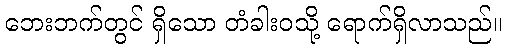
ဘေးဘက်တွင် ရှိသော တံခါးဝသို့ ရောက်ရှိလာသည်။